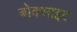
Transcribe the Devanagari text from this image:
बोक्साइट